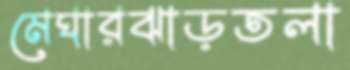
মেঘারঝাড়তলা